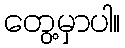
တွေ့မှာပါ။